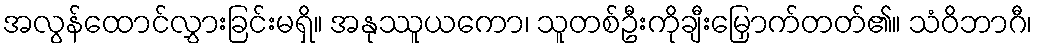
အလွန်ထောင်လွှားခြင်းမရှိ။ အနုဿူယကော၊ သူတစ်ဦးကိုချီးမြှောက်တတ်၏။ သံဝိဘာဂီ၊